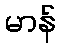
မာန်